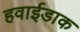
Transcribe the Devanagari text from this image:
हवाईडाक